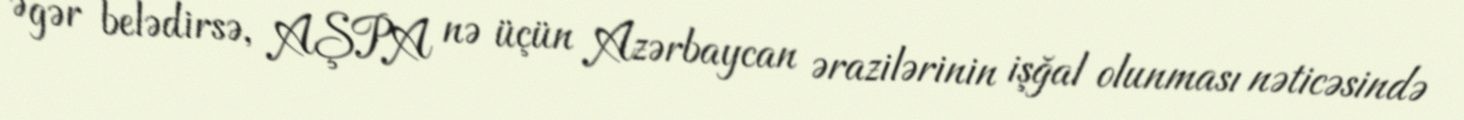
Əgər belədirsə, AŞPA nə üçün Azərbaycan ərazilərinin işğal olunması nəticəsində